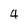
Character: 4